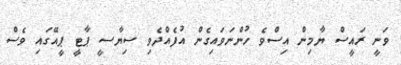
ވަނީ ރައީސް ޔާމިން އިސްވެ ހުންނަވައިގެން އުފެއްދެވި ސިޔާސީ ޕާޓީ ޕީއޭގައި ވެސް